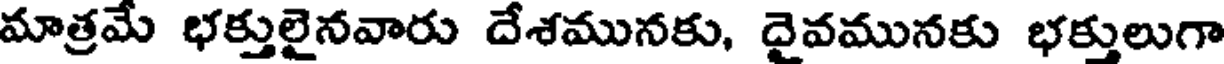
మాత్రమే భక్తులైనవారు దేశమునకు, దైవమునకు భక్తులుగా